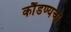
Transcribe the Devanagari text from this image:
कौंडण्यचा